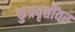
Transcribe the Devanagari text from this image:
कुप्रवृत्तींवर